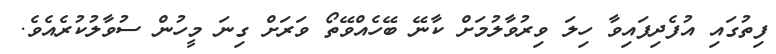
ފިތުގައި އުފެދިފައިވާ ހިލަ ވިރުވާލުމަށް ކާނޭ ބޭހެއްވޭތޯ ވަަރަށް ގިނަ މީހުން ސުވާލުކުރެއެވެ.